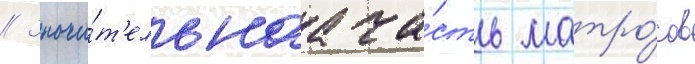
// Значи́т'ельнаа ча́сть матро́сов